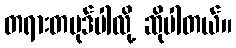
တရားတပုဒ်ပါလို့ ဆိုပါတယ်။